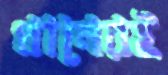
ধানেরই